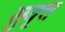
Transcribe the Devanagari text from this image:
सुवृत्त